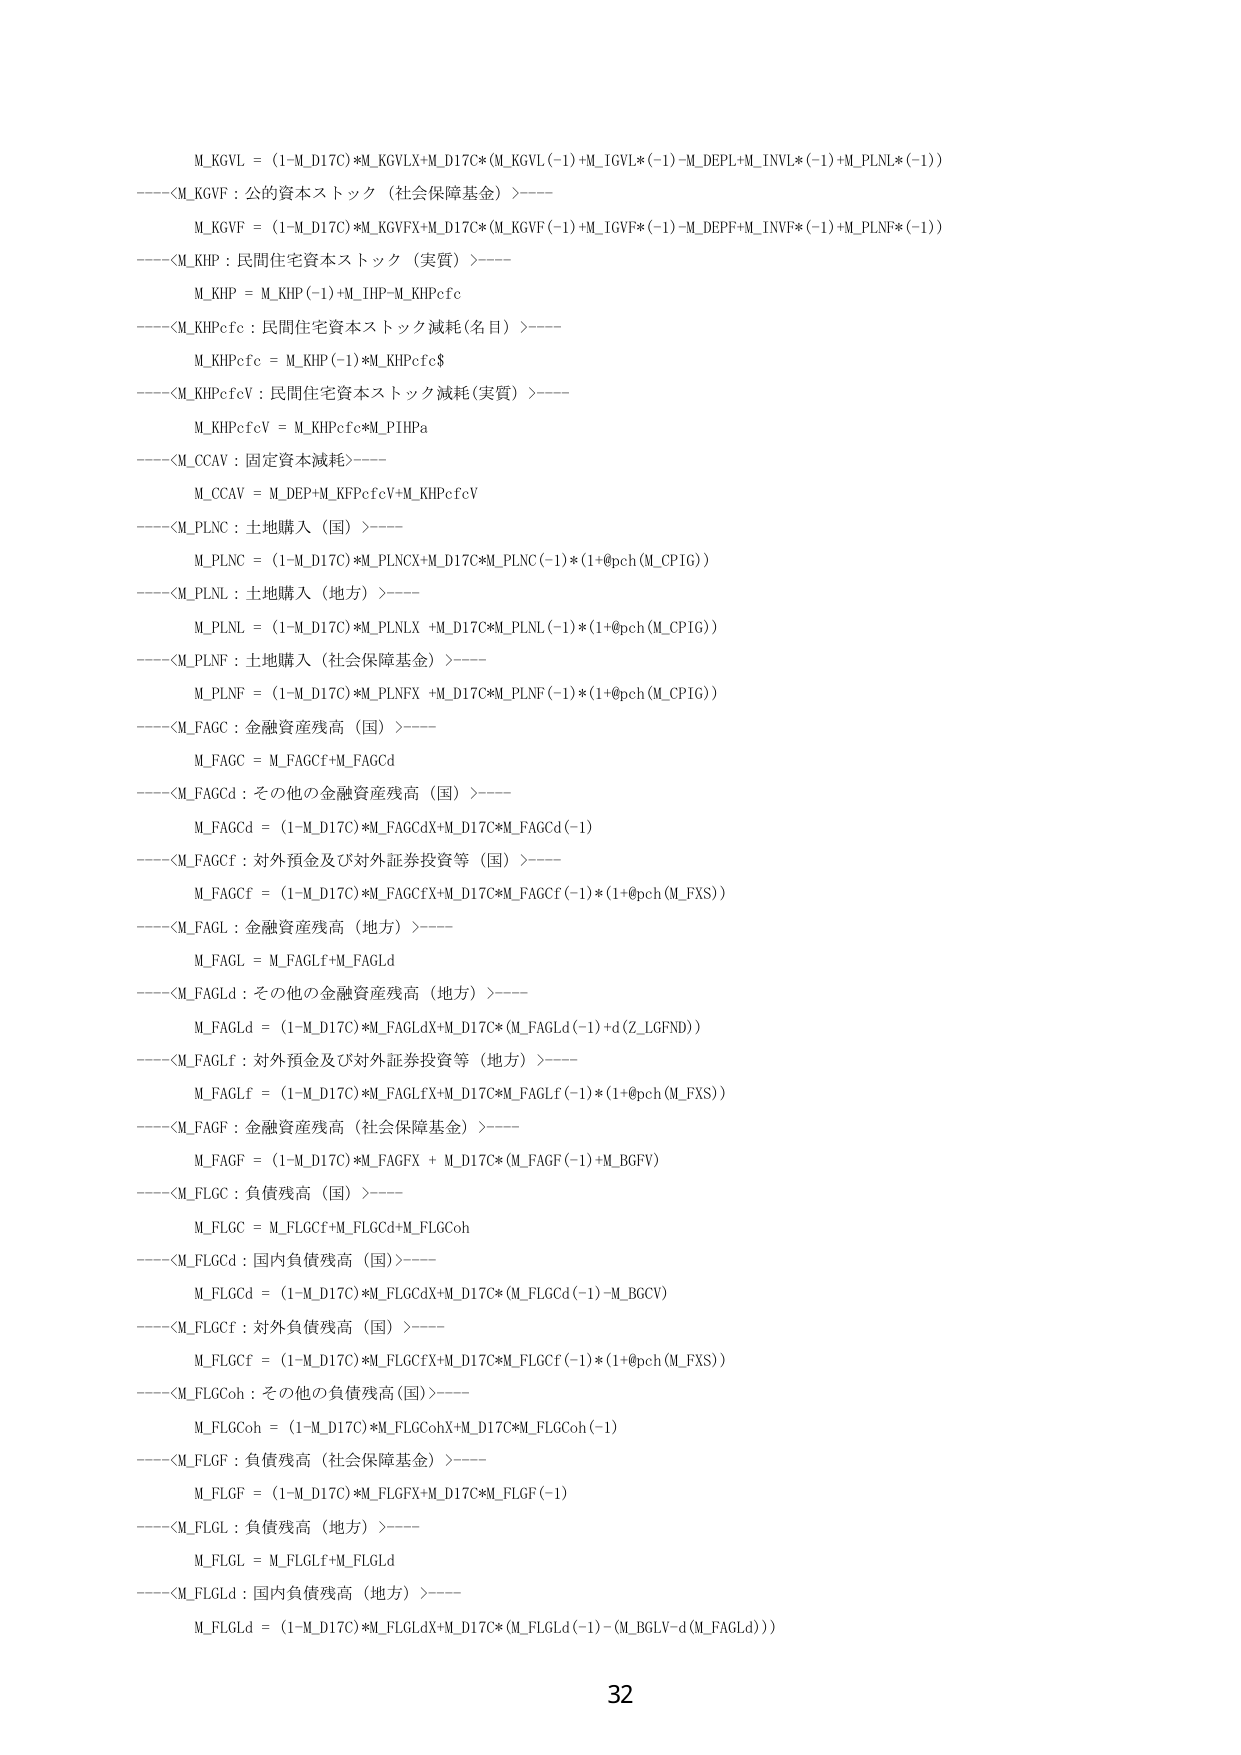
M_KGVL = (1-M_D17C)*M_KGVLX+M_D17C*(M_KGVL(-1)+M_IGVL*(-1)-M_DEPL+M_INVL*(-1)+M_PLNL*(-1))
----<M_KGVL：公的資本ストック（社会保障基金）>----
M_KGVF = (1-M_D17C)*M_KGVFX+M_D17C*(M_KGVF(-1)+M_IGVF*(-1)-M_DEPF+M_INVF*(-1)+M_PLNF*(-1))
----<M_KHP：民間住宅資本ストック（実質）>----
M_KHP = M_KHP(-1)+M_IHP-M_KHPcfc
----<M_KHPcfc：民間住宅資本ストック減耗(名目)>----
M_KHPcfc = M_KHP(-1)*M_KHPcfc$
----<M_KHPcfcV：民間住宅資本ストック減耗(実質)>----
M_KHPcfcV = M_KHPcfc*M_PTHPa
----<M_CCAV：固定資本減耗>----
M_CCAV = M_DEP+M_KFPcfcV+M_KHPcfcV
----<M_PLNC：土地購入（国）>----
M_PLNC = (1-M_D17C)*M_PLNCX+M_D17C*M_PLNC(-1)*(1+@pch(M_CPIG))
----<M_PLNL：土地購入（地方）>----
M_PLNL = (1-M_D17C)*M_PLNLX +M_D17C*M_PLNL(-1)*(1+@pch(M_CPIG))
----<M_PLNF：土地購入（社会保障基金）>----
M_PLNF = (1-M_D17C)*M_PLNFX +M_D17C*M_PLNF(-1)*(1+@pch(M_CPIG))
----<M_FAGC：金融資産残高（国）>----
M_FAGC = M_FAGCf+M_FAGCd
----<M_FAGCd：その他の金融資産残高（国）>----
M_FAGCd = (1-M_D17C)*M_FAGCdX+M_D17C*M_FAGCd(-1)
----<M_FAGCF：対外預金及び対外証券投資等（国）>----
M_FAGCF = (1-M_D17C)*M_FAGCfX+M_D17C*M_FAGCF(-1)*(1+@pch(M_FXS))
----<M_FAGL：金融資産残高（地方）>----
M_FAGL = M_FAGLf+M_FAGLd
----<M_FAGLd：その他の金融資産残高（地方）>----
M_FAGLd = (1-M_D17C)*M_FAGLdX+M_D17C*(M_FAGLd(-1)+d(Z_LGFND))
----<M_FAGLf：対外預金及び対外証券投資等（地方）>----
M_FAGLf = (1-M_D17C)*M_FAGLfX+M_D17C*M_FAGLf(-1)*(1+@pch(M_FXS))
----<M_FAGF：金融資産残高（社会保障基金）>----
M_FAGF = (1-M_D17C)*M_FAGFX + M_D17C*(M_FAGF(-1)+M_BGFV)
----<M_FLGC：負債残高（国）>----
M_FLGC = M_FLGCf+M_FLGCd+M_FLGCoh
----<M_FLGCd：国内負債残高（国）>----
M_FLGCd = (1-M_D17C)*M_FLGCdX+M_D17C*(M_FLGCd(-1)-M_BGCV)
----<M_FLGCF：対外負債残高（国）>----
M_FLGCF = (1-M_D17C)*M_FLGCFX+M_D17C*M_FLGCF(-1)*(1+@pch(M_FXS))
----<M_FLGCoh：その他の負債残高(国)>----
M_FLGCoh = (1-M_D17C)*M_FLGCohX+M_D17C*M_FLGCoh(-1)
----<M_FLGF：負債残高（社会保障基金）>----
M_FLGF = (1-M_D17C)*M_FLGFX+M_D17C*M_FLGF(-1)
----<M_FLGL：負債残高（地方）>----
M_FLGL = M_FLGLf+M_FLGLd
----<M_FLGLd：国内負債残高（地方）>----
M_FLGLd = (1-M_D17C)*M_FLGLdX+M_D17C*(M_FLGLd(-1)-(M_BGLV-d(M_FAGLd)))
32